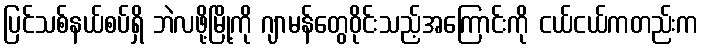
ပြင်သစ်နယ်စပ်ရှိ ဘဲလဖို့မြို့ကို ဂျာမန်တွေဝိုင်းသည့်အကြောင်းကို ငယ်ငယ်ကတည်းက